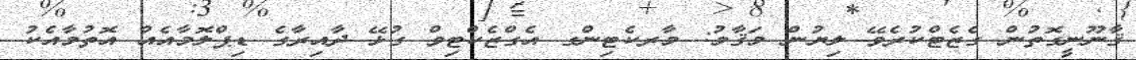
ޤާނޫނީގޮތުން ގެޒެޓްކުރެވޭ ލިޔުން މަޤާމު: މާރކެޓިންގ އެގްޒެކްޓިވް ގުޅޭ ދާއިރާގެ ޑިޕްލޮމާއެއް އޮތުމާއެކު